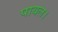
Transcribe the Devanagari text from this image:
पायल।